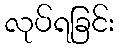
လုပ်ရခြင်း